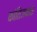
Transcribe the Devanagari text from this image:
कांतिजनक